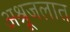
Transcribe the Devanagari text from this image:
अश्रूजलात